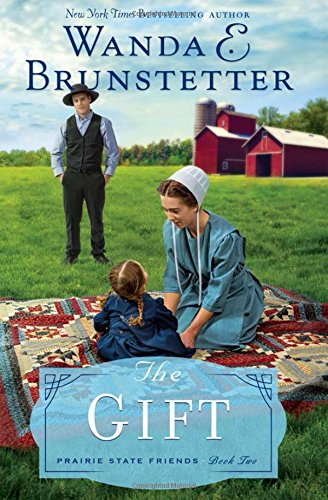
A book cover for The Gift (The Prairie State Friends); Wanda E. Brunstetter; Romance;